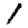
Digit: 1